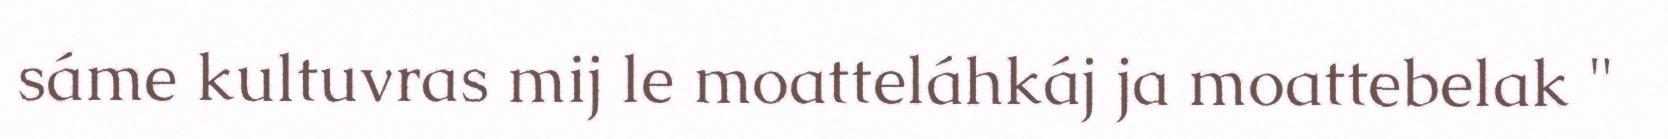
sáme kultuvras mij le moatteláhkáj ja moattebelak "